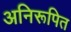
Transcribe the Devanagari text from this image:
अनिरूपित